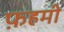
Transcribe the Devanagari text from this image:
फ़हमी